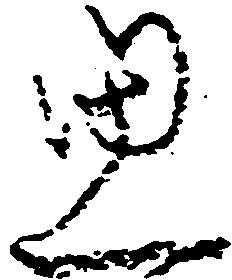
思